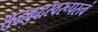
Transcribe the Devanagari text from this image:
शुद्धबुद्धस्वरूपस्त्वं